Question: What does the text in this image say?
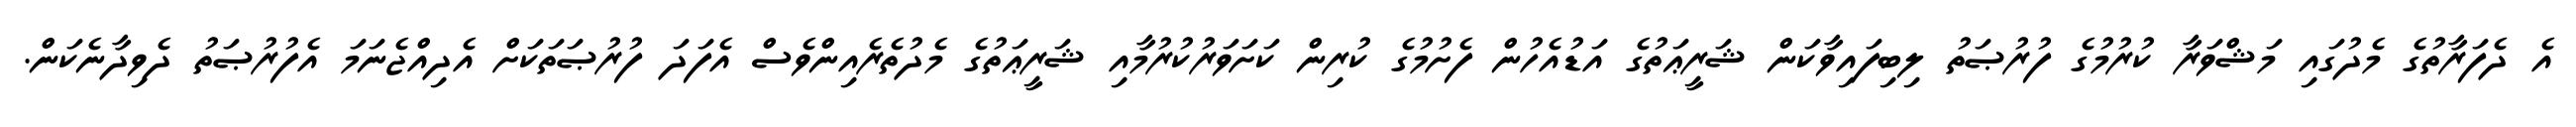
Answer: އެ ދެފަރާތުގެ މެދުގައި މަޝްވަރާ ކުރުމުގެ ފުރުޞަތު ލިބިފައިވާކަން ޝަރީޢަތުގެ އަޑުއެހުން ފެށުމުގެ ކުރިން ކަށަވަރުކުރުމާއި ޝަރީޢަތުގެ މެދުތެރެއިންވެސް އެފަދަ ފުރުޞަތަކަށް އެދިއްޖެނަމަ އެފުރުޞަތު ދެވިދާނެކަން.